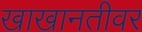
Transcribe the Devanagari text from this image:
खाखानतीवर